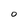
Character: O